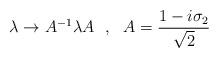
LaTeX: \begin{align*}\lambda \rightarrow A^{-1} \lambda A~~,~~ A = \frac{1- i\sigma_2}{\sqrt{2}}\end{align*}